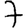
Digit: 7